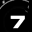
Digit: 7